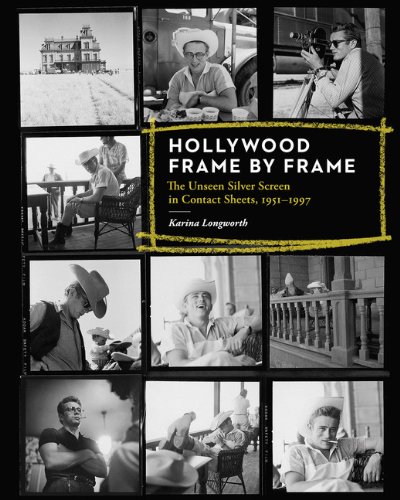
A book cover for Hollywood Frame by Frame: The Unseen Silver Screen in Contact Sheets, 1951-1997; Karina Longworth; Humor & Entertainment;